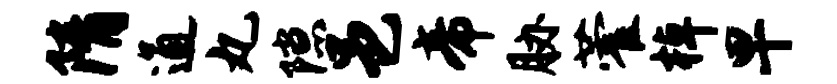
隋通丸隙邑帝胁藿棹早